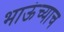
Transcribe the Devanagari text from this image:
भाऊंच्याच